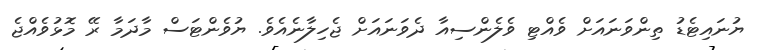
ޔުނައިޓެޑު ތިންވަނައަށް ވެއްޓި ވެލެންސިއާ ދެވަނައަށް ޖެހިލާނެއެވެ. ޔުވެންޓަސް މާދަމާ ރޭ މޮޅުވެއްޖެ